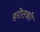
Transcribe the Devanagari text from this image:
हरीतकीं